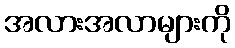
အလားအလာများကို